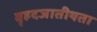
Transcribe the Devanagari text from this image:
बृहदजातीयता